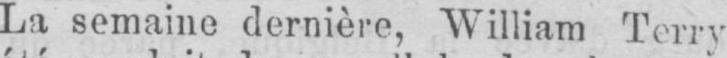
La semaine dernière, William Terry